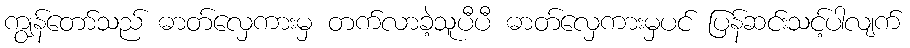
ကျွန်တော်သည် ဓာတ်လှေကားမှ တက်လာခဲ့သူပီပီ ဓာတ်လှေကားမှပင် ပြန်ဆင်းသင့်ပါလျက်